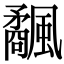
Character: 𩙅